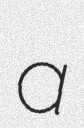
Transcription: a